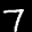
Label: 7